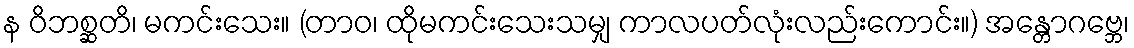
န ဝိဘစ္ဆတိ၊ မကင်းသေး။ (တာဝ၊ ထိုမကင်းသေးသမျှ ကာလပတ်လုံးလည်းကောင်း။) အန္တောဂဗ္ဘေ၊